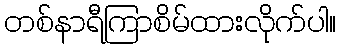
တစ်နာရီကြာစိမ်ထားလိုက်ပါ။